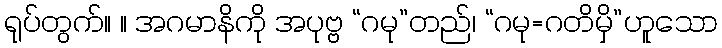
ရုပ်တွက်။ ။ အဂမာနိကို အပုဗ္ဗ “ဂမု”တည်၊ “ဂမု=ဂတိမှိ”ဟူသော